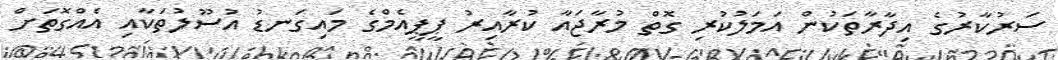
ސަރުކާރުގެ އިދާރާތަކުން އަމަލުކުރި ގޮތް މުރާޖައާ ކުރާއިރު ޕީޕީއެމްގެ މައިގަނޑު އުސޫލުތަކާއި އެއްގޮތަށް